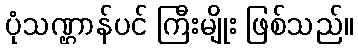
ပုံသဏ္ဌာန်ပင် ကြီးမျိုး ဖြစ်သည်။